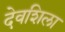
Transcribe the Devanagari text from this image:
देवशिला